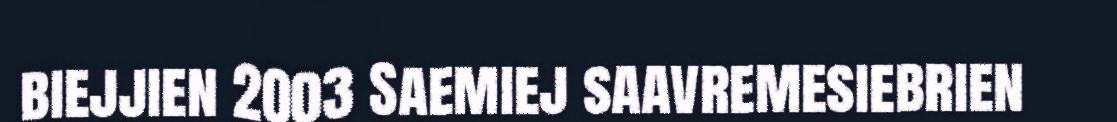
biejjien 2003 Saemiej saavremesiebrien